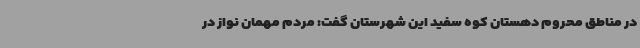
در مناطق محروم دهستان کوه سفید این شهرستان گفت: مردم مهمان نواز در